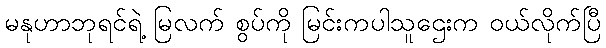
မနုဟာဘုရင်ရဲ့ မြလက် စွပ်ကို မြင်းကပါသူဌေးက ဝယ်လိုက်ပြီ